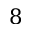
8